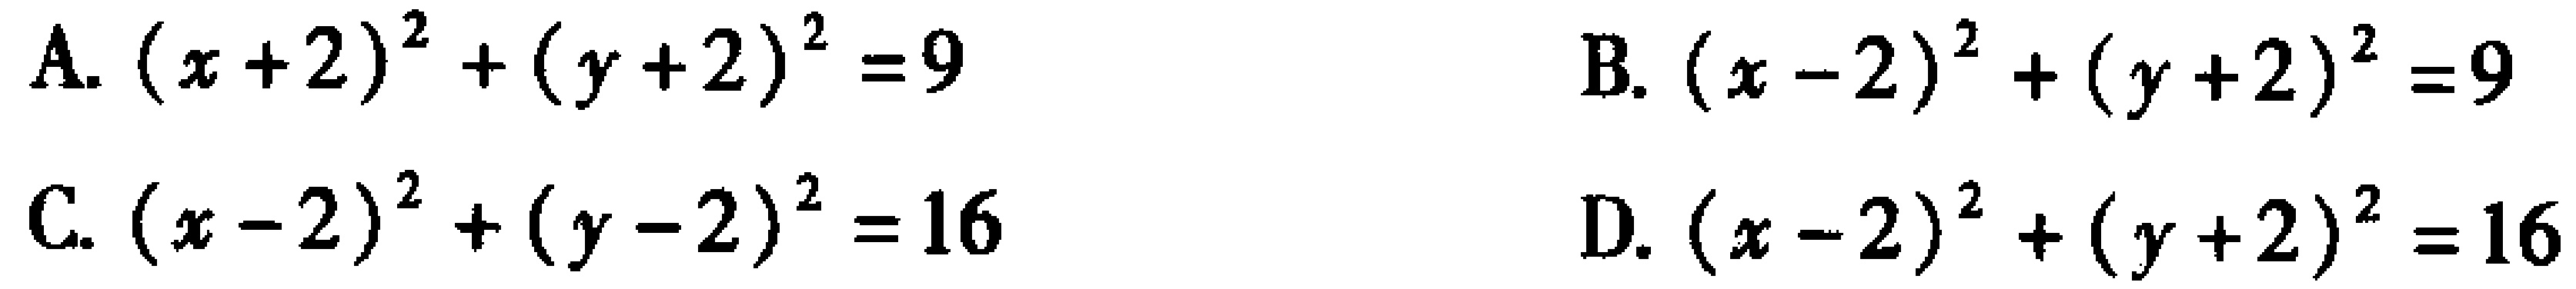
A. \((x + 2)^{2}+(y + 2)^{2}=9\)
B. \((x - 2)^{2}+(y + 2)^{2}=9\)
C. \((x - 2)^{2}+(y - 2)^{2}=16\)
D. \((x - 2)^{2}+(y + 2)^{2}=16\)